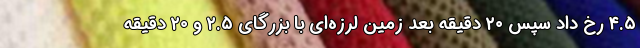
۴.۵ رخ داد سپس ۲۰ دقیقه بعد زمین لرزه‌ای با بزرگای ۲.۵ و ۲۰ دقیقه